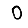
Digit: 0